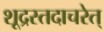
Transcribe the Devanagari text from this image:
शूद्रस्तदाचरेत्